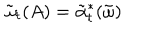
\tilde { \omega } _ { t } ( A ) = \tilde { \alpha } _ { t } ^ { * } ( \tilde { \omega } )